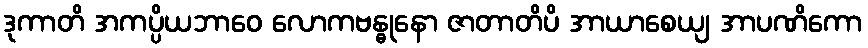
ဒုကာတိ အကပ္ပိယဘာဝေ လောကဗန္ဓုနော ဇာတာတိပိ အာယာစေယျ အာပဏိကော